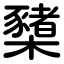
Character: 櫫